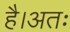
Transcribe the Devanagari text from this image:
है।अतः